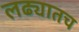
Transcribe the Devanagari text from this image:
लढ्यातच